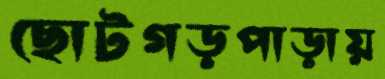
ছোটগড়পাড়ায়